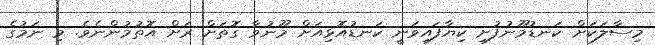
މިސާލަކަށް ކަނޑުމޫނުފުށި ކިޔާފައިވަނީ ކަނޑުއޮޅިއަށް މޫނުވާ ގޮތަށް ރަށް އޮތުމުންނެވެ. މި ނަމުގެ